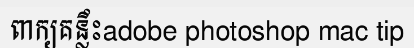
ពាក្យគន្លឹះadobe photoshop mac tip